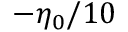
- \eta _ { 0 } / 1 0